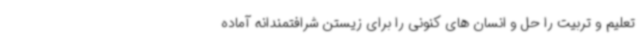
تعلیم و تربیت را حل و انسان های کنونی را برای زیستن شرافتمندانه آماده